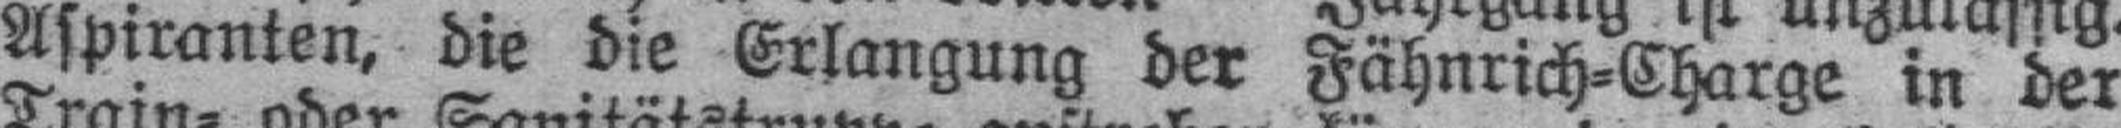
Aspiranten, die die Erlangung der Fähnrich=Charge in der